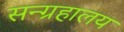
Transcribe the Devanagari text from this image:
सन्ग्रहालय